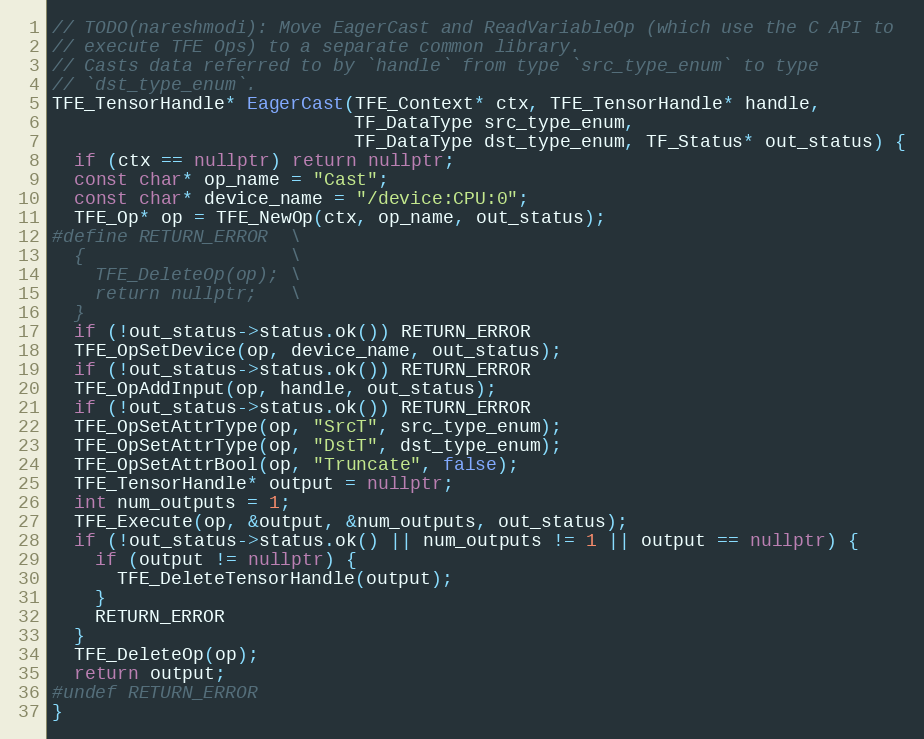
Language: C++
// TODO(nareshmodi): Move EagerCast and ReadVariableOp (which use the C API to
// execute TFE Ops) to a separate common library.
// Casts data referred to by `handle` from type `src_type_enum` to type
// `dst_type_enum`.
TFE_TensorHandle* EagerCast(TFE_Context* ctx, TFE_TensorHandle* handle,
                            TF_DataType src_type_enum,
                            TF_DataType dst_type_enum, TF_Status* out_status) {
  if (ctx == nullptr) return nullptr;
  const char* op_name = "Cast";
  const char* device_name = "/device:CPU:0";
  TFE_Op* op = TFE_NewOp(ctx, op_name, out_status);
#define RETURN_ERROR  \
  {                   \
    TFE_DeleteOp(op); \
    return nullptr;   \
  }
  if (!out_status->status.ok()) RETURN_ERROR
  TFE_OpSetDevice(op, device_name, out_status);
  if (!out_status->status.ok()) RETURN_ERROR
  TFE_OpAddInput(op, handle, out_status);
  if (!out_status->status.ok()) RETURN_ERROR
  TFE_OpSetAttrType(op, "SrcT", src_type_enum);
  TFE_OpSetAttrType(op, "DstT", dst_type_enum);
  TFE_OpSetAttrBool(op, "Truncate", false);
  TFE_TensorHandle* output = nullptr;
  int num_outputs = 1;
  TFE_Execute(op, &output, &num_outputs, out_status);
  if (!out_status->status.ok() || num_outputs != 1 || output == nullptr) {
    if (output != nullptr) {
      TFE_DeleteTensorHandle(output);
    }
    RETURN_ERROR
  }
  TFE_DeleteOp(op);
  return output;
#undef RETURN_ERROR
}